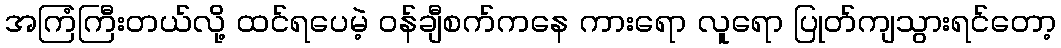
အကြံကြီးတယ်လို့ ထင်ရပေမဲ့ ၀န်ချီစက်ကနေ ကားရော လူရော ပြုတ်ကျသွားရင်တော့